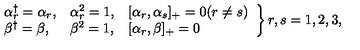
\left. \begin{array} { l l l } { \alpha _ { r } ^ { \dag } = \alpha _ { r } , } & { \alpha _ { r } ^ { 2 } = 1 , } & { [ \alpha _ { r } , \alpha _ { s } ] _ { + } = 0 ( r \neq s ) } \\ { \beta ^ { \dag } = \beta , } & { \beta ^ { 2 } = 1 , } & { [ \alpha _ { r } , \beta ] _ { + } = 0 } \\ \end{array} \right\} r , s = 1 , 2 , 3 ,